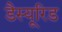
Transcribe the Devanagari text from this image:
डैस्यूरिड